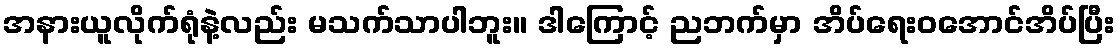
အနားယူလိုက်ရုံနဲ့လည်း မသက်သာပါဘူး။ ဒါကြောင့် ညဘက်မှာ အိပ်ရေးဝအောင်အိပ်ပြီး